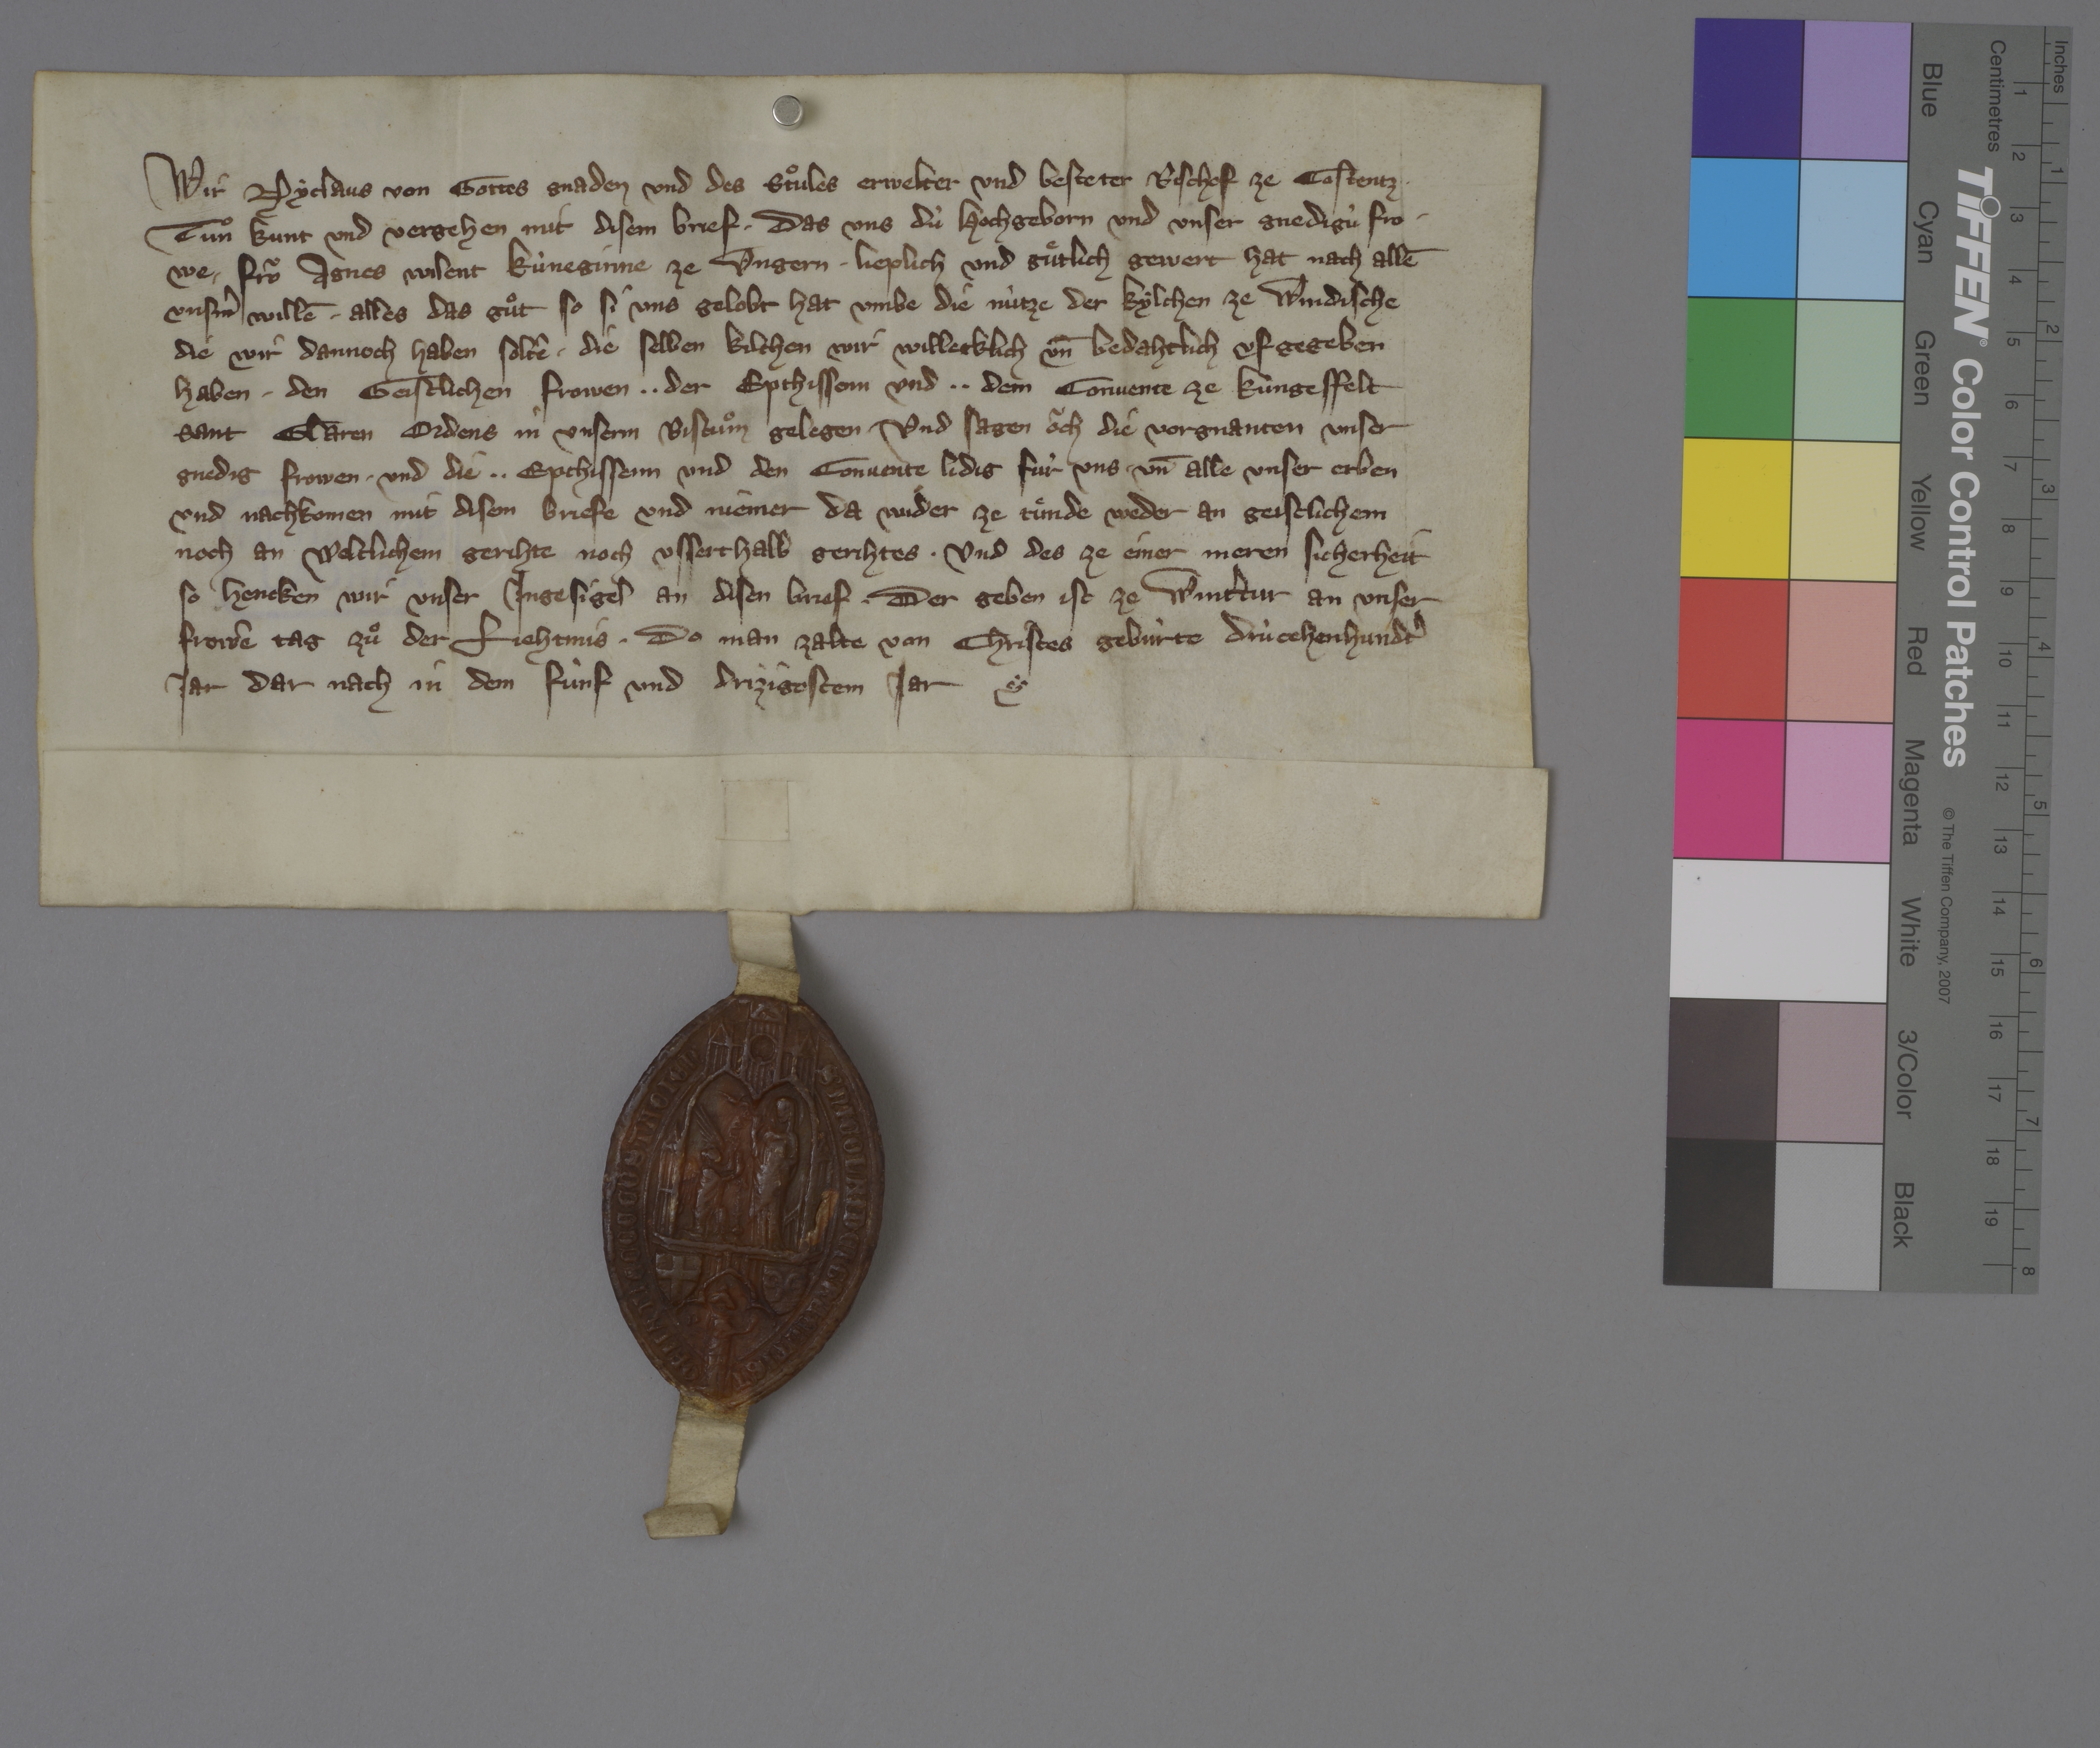
Wir, Nyclaus, von gottes gnaden und des stuͦles erwelter und besteter bischof ze Costentz,
tuͦn kunt und vergehen mit disem brief, ✳ das uns dù hochgeborn und unser gnedigù fro¬
we, ✳ froͧ Agnes, wilent kùneginne ze Ungern, ✳ lieplich und guͤtlich gewert hat nach allē
unsˀm willē ✳ alles das guͦt, so si uns gelobt hat umbe die nùtze der kylchen ze Windische,
die wir dannoch haben soltē, ✳ die selben kilchen wir willecklich un̄ bedahtlich ufgegeben
haben ✳ den geistlichen frowen, ✳ ✳ der epthissenn und ✳ ✳ dem convente ze Kùngesfelt,
Sant Claren ordens, in unserm bistuͦm gelegen. und sagen oͧch die vorgnanten unser
gnedig frowen ✳ und die ✳ ✳ epthissenn und den convente lidig fùr uns ✳ un̄ alle unser erben
und nachkomen mit disem briefe und niemer da wider ze tuͤnde, weder an geistlichem
noch an weltlichem gerihte, noch usserthalb gerihtes. ✳ und des ze einer meren sicherheit,
so hencken wir unser ingesigel an disen brief, ✳ der geben ist ze Wintˀtur an unser
frowē tag zuͦ der liehtmis, ✳ do man zalte von Christes gebùrte drùcehenhundtˀ
jar, dar nach in dem fùnf und drizigostem jar. ✳